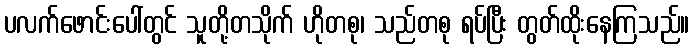
ပလက်ဖောင်းပေါ်တွင် သူတို့တသိုက် ဟိုတစု၊ သည်တစု ရပ်ပြီး တွတ်ထိုးနေကြသည်။